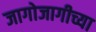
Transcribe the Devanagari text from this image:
जागोजागीच्या